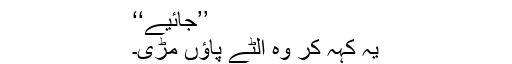
’’جائیے‘‘
یہ کہہ کر وہ اُلٹے پاؤں مڑی۔